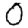
Digit: 0